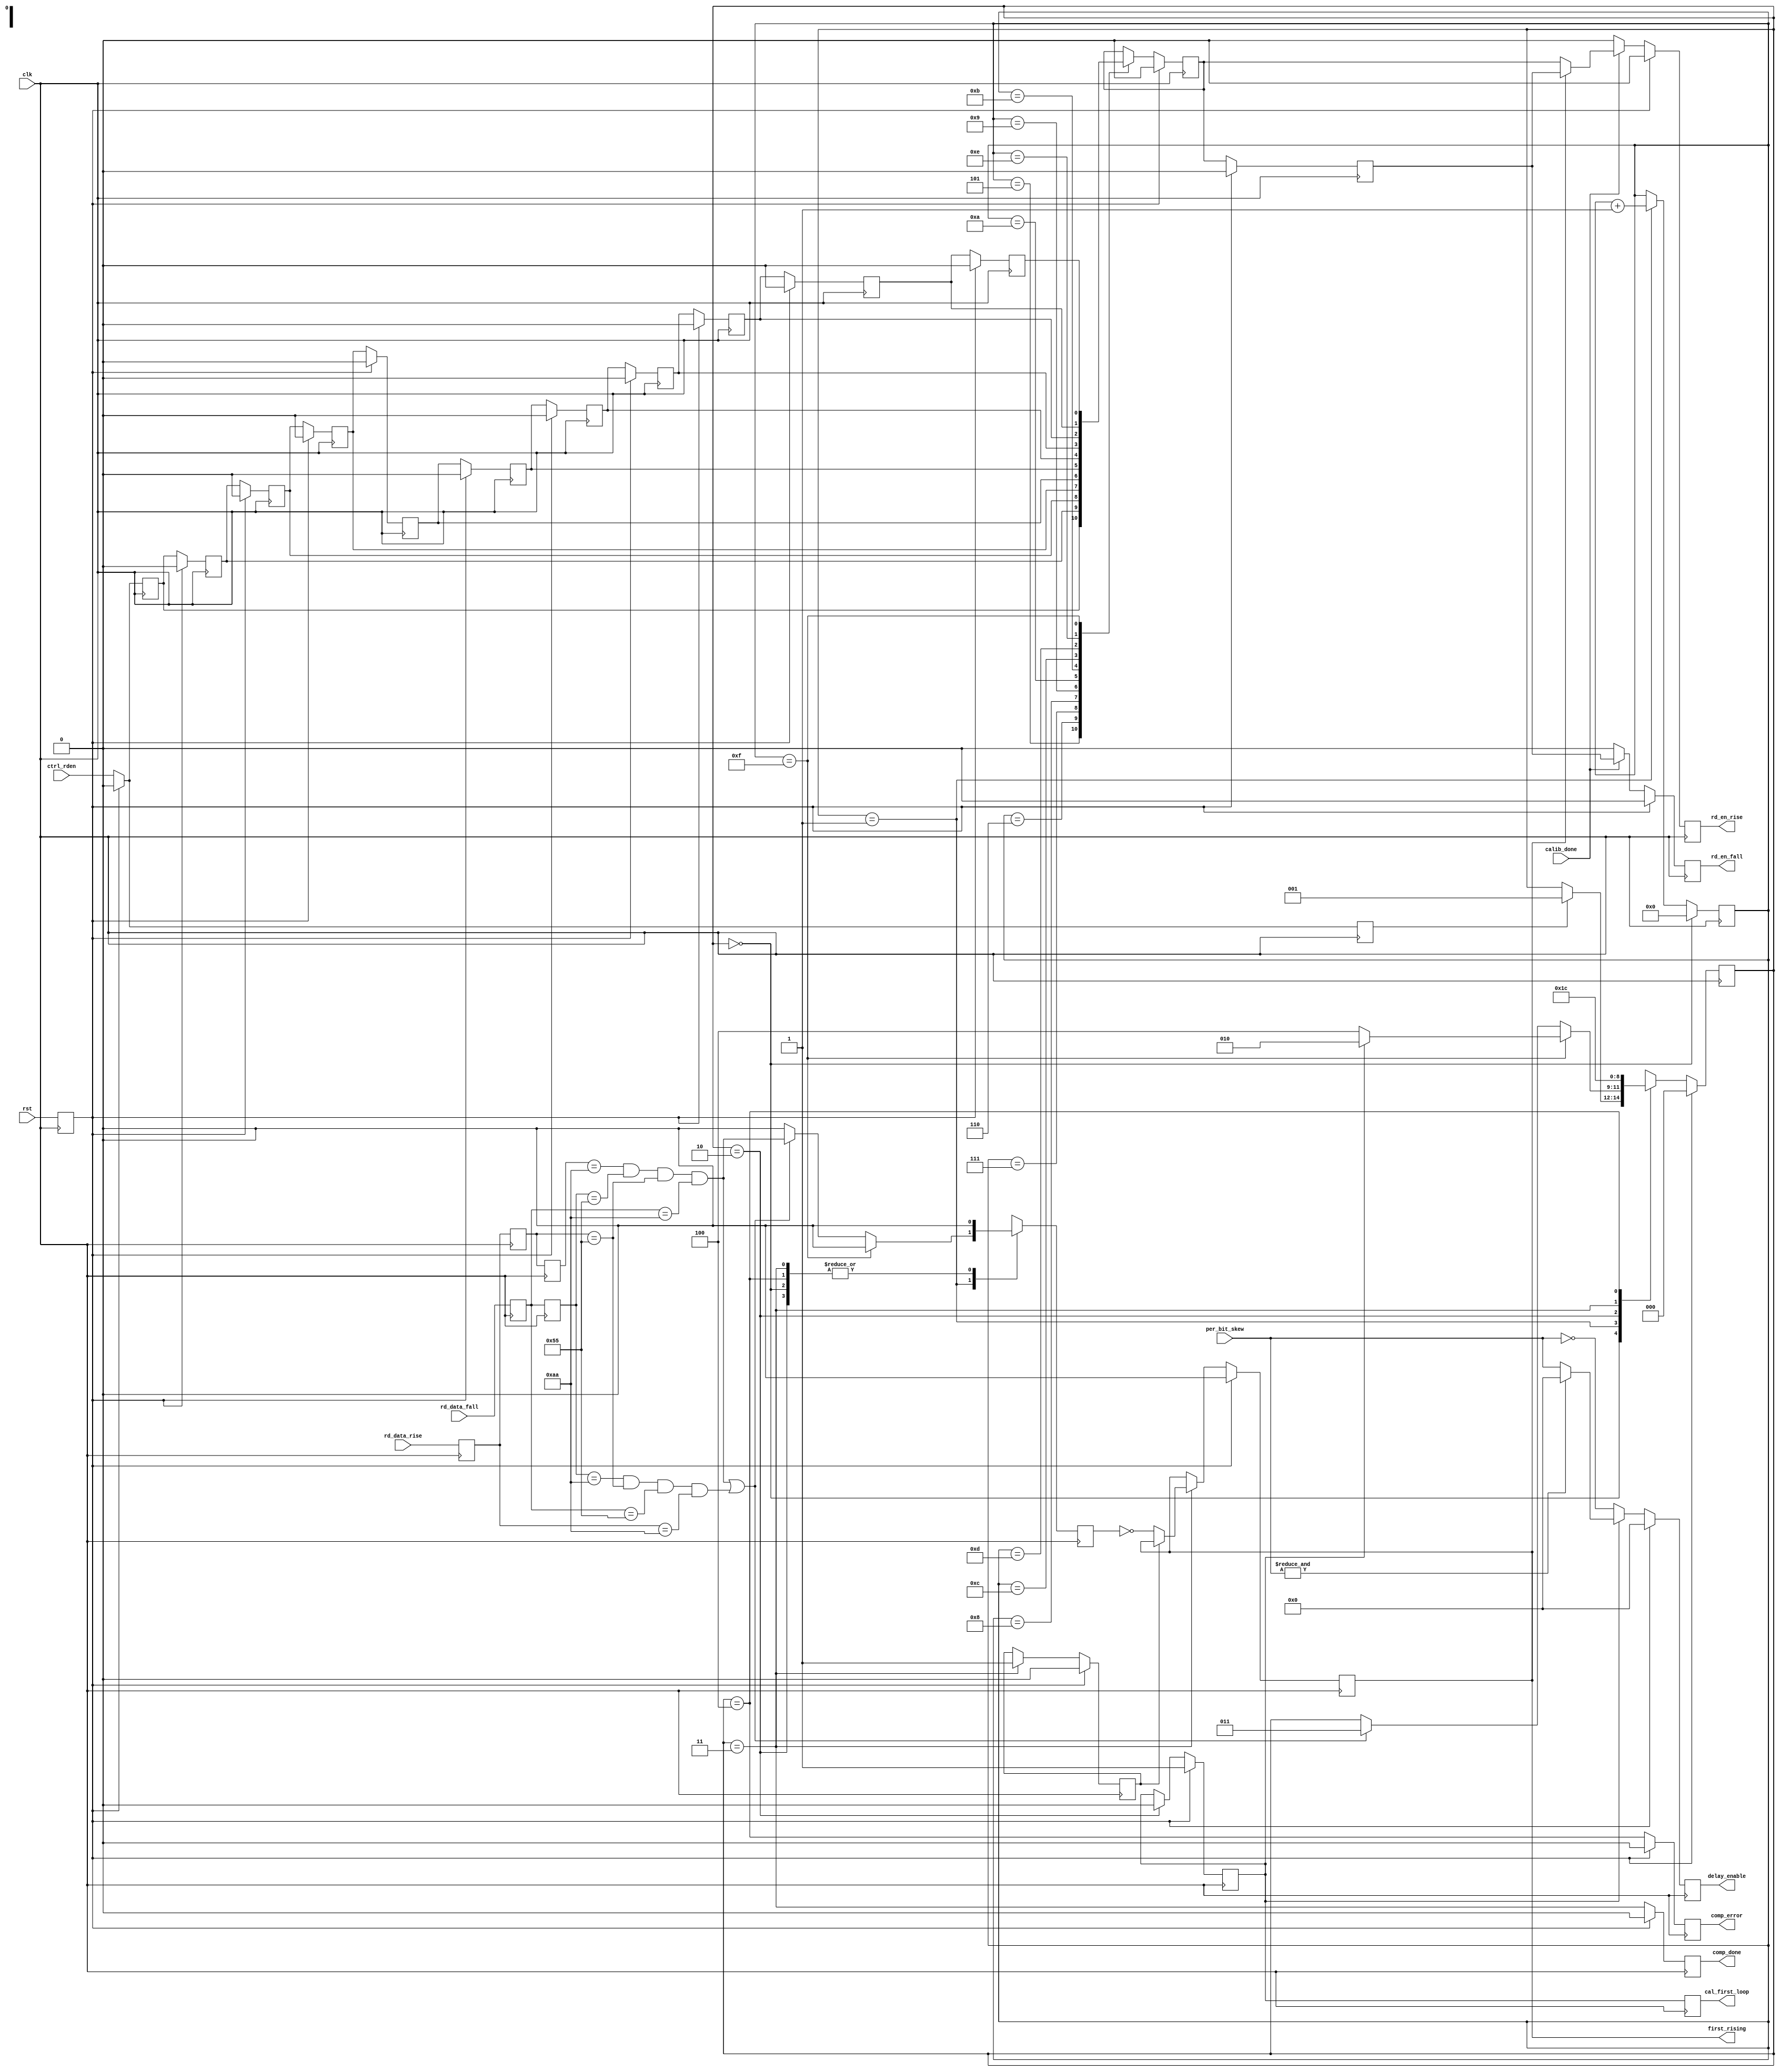
`timescale 1ns/1ps

module DDR2_pattern_compare8
  (
   input       clk,
   input       rst,
   input       ctrl_rden,
   input       calib_done,
   input [7:0] rd_data_rise,
   input [7:0] rd_data_fall,
   input [7:0] per_bit_skew,      // indicates possible capture skew over DQ's
   output      comp_done,
   output      comp_error,        // asserted if unable to find correct pattern
   output reg  first_rising,
   output reg  rd_en_rise,
   output reg  rd_en_fall,
   output reg  cal_first_loop,
   output reg [7:0] delay_enable  // control delay/swap MUX for each DQ
   );

  localparam   CAL_IDLE             = 3'b000;
  localparam   CAL_CHECK_DATA       = 3'b001;
  localparam   CAL_INV_DELAY_ENABLE = 3'b010;
  localparam   CAL_DONE             = 3'b011;
  localparam   CAL_ERROR            = 3'b100;

  reg          cal_first_loop_i;
  reg [2:0]    cal_next_state;
  reg [2:0]    cal_state;
  reg [3:0]    clk_count;
  reg          cntrl_rden_r;
  reg          comp_done_r;
  reg          comp_error_r;
  wire         data_match_first_clk_fall;
  wire         data_match_first_clk_rise;
  reg          found_first_clk_rise;
  reg          found_first_clk_rise_r;
  reg          lock_first_rising;
  reg [7:0]    rd_data_fall_r;
  reg [7:0]    rd_data_fall_r2;
  reg [7:0]    rd_data_rise_r;
  reg [7:0]    rd_data_rise_r2;
  reg [7:0]    rd_data_rise_r3;
  reg          rd_en_out;
  reg          rd_en_out_r;
  reg          rd_en_r1 /* synthesis syn_preserve=1 */;
  reg          rd_en_r2;
  reg          rd_en_r3;
  reg          rd_en_r4;
  reg          rd_en_r5;
  reg          rd_en_r6;
  reg          rd_en_r7;
  reg          rd_en_r8;
  reg          rd_en_r9;
  reg          rd_en_r10;
  reg          rd_en_r11;
  reg          rst_r1 /* synthesis syn_preserve=1 */;

  //*******************************************************************

  assign comp_done  = comp_done_r;
  assign comp_error = comp_error_r;

  // synthesis attribute equivalent_register_removal of rst_r1 is "no";
  always @( posedge clk )
    rst_r1 <= rst;

  // synthesis attribute equivalent_register_removal of rd_en_r1 is "no";
  always @ (posedge clk) begin
    if (rst_r1) begin
      rd_en_r1 <= 1'b0;
      rd_en_r2 <= 1'b0;
      rd_en_r3 <= 1'b0;
      rd_en_r4 <= 1'b0;
      rd_en_r5 <= 1'b0;
      rd_en_r6 <= 1'b0;
      rd_en_r7 <= 1'b0;
      rd_en_r8 <= 1'b0;
      rd_en_r9 <= 1'b0;
      rd_en_r10 <= 1'b0;
      rd_en_r11 <= 1'b0;
    end else begin
      rd_en_r1 <= ctrl_rden;
      rd_en_r2 <= rd_en_r1;
      rd_en_r3 <= rd_en_r2;
      rd_en_r4 <= rd_en_r3;
      rd_en_r5 <= rd_en_r4;
      rd_en_r6 <= rd_en_r5;
      rd_en_r7 <= rd_en_r6;
      rd_en_r8 <= rd_en_r7;
      rd_en_r9 <= rd_en_r8;
      rd_en_r10 <= rd_en_r9;
      rd_en_r11 <= rd_en_r10;
    end
  end

  //*******************************************************************
  // Indicates when received data is equal to the expected data pattern
  // There are two possible scenarios: (1) rise and fall data are arrive
  // at the same clock cycle (FIRST_RISING = 0), (2) rise and fall data
  // arrive "staggered" w/r to each other (FIRST_RISING = 1). Which
  // sequence occurs depends on the results of the per-bit calibration
  // (and whether first data from memory is captured using rising or
  // falling edge data). Expected data pattern = [rise/fall] = 0110 for
  // even bits, and 1001 for odd bits = "A55A"
  // For FIRST_CLK_RISE = 0 (non-staggered case):
  //   - IDDR.Q1 = fall data, IDDR.Q2 = rise data, and rise and fall
  //     read data FIFO enables are asserted at same time
  // For FIRST_CLK_FALL = 1 (staggered case):
  //   - IDDR.Q1 = rise data, IDDR.Q2 = fall data, and rise and fall
  //     read data FIFO enables must be offset by 1 clk (rise enable
  //     leads fall enable)
  //*******************************************************************

  always @(posedge clk) begin
    rd_data_rise_r  <= rd_data_rise;
    rd_data_fall_r  <= rd_data_fall;
    rd_data_rise_r2 <= rd_data_rise_r;
    rd_data_fall_r2 <= rd_data_fall_r;
    rd_data_rise_r3 <= rd_data_rise_r2;
  end

  assign data_match_first_clk_fall
    = (rd_data_fall_r2 == 8'hAA) &&
      (rd_data_rise_r2 == 8'h55) &&
      (rd_data_fall_r  == 8'h55) &&
      (rd_data_rise_r  == 8'hAA);

  assign data_match_first_clk_rise
    = (rd_data_rise_r3 == 8'hAA) &&
      (rd_data_fall_r2 == 8'h55) &&
      (rd_data_rise_r2 == 8'h55) &&
      (rd_data_fall_r  == 8'hAA);

  //*******************************************************************
  // State machine to determine:
  //  1. What round trip delay is for read data (i.e. from when
  //     CTRL_RDEN is asserted until when synchronized data is
  //     available at input to read data FIFO
  //  2. Whether data is arriving staggered or simulataneous (depends
  //     on whether first data from memory is latched in on rising or
  //     falling edge
  //  3. Whether there is bit-alignment from the per-bit calibration
  //     step - i.e. whether the same FPGA clock edge is being used to
  //     clock in bits from two different bit times on different DQ's
  //     in this DQS group
  //*******************************************************************

  always @(posedge clk) begin
    if (rst_r1)
      cal_state <= CAL_IDLE;
    else
      cal_state <= cal_next_state;
  end

  always @(*) begin
    // default values, this value only gets pulsed when we find a
    // FIRST_RISING data pattern
    found_first_clk_rise  = 1'b0;
    cal_next_state = cal_state;
    case (cal_state)  // synthesis full_case parallel_case
      CAL_IDLE:
        // Don't start pattern calibration until controller issues read
        if (cntrl_rden_r)
          cal_next_state = CAL_CHECK_DATA;

      CAL_CHECK_DATA:
        // Stay in this state until we've waited maximum number of clock
        // cycles for a valid pattern to appear on the bus
        if (clk_count == 4'b1111) begin
          if (cal_first_loop_i)
            cal_next_state = CAL_INV_DELAY_ENABLE;
          else
            // Otherwise, we haven't found the right pattern
            cal_next_state = CAL_ERROR;
        end else begin
          if (data_match_first_clk_rise || data_match_first_clk_fall) begin
            cal_next_state = CAL_DONE;
            // Indicate to logic which data pattern was found
            found_first_clk_rise = data_match_first_clk_rise;
          end
        end

      // Inverting the control pattern for the delay/swap circuit for the
      // DQ's in this DQS group - we would have to do this if we got the
      // directionality incorrect on the first go-around. Note that we have
      // to wait several clock cycles to: (1) reflect new CLK_COUNT value,
      // (2) allow rd_data_rise/fall pipe chain to clear
      CAL_INV_DELAY_ENABLE:
        cal_next_state = CAL_IDLE;

      // Found a first rising or first falling pattern. We're done here.
      CAL_DONE:
        cal_next_state = CAL_DONE;

      // Error - we incremented CLK_COUNT to the highest possible value
      // and still didn't find a valid pattern - could be an issue with
      // per-bit calibration, or a board-level (e.g. stuck at bit) issue
      CAL_ERROR:
        cal_next_state = CAL_ERROR;

    endcase
  end

  //*******************************************************************

  // Asserted when controller is issuing a read
  always @(posedge clk) begin
    if (rst_r1)
      cntrl_rden_r <= 1'b0;
    else
      cntrl_rden_r <= ctrl_rden;
  end

  // Asserted when pattern calibration complete
  always @(posedge clk) begin
    if (rst_r1)
      comp_done_r <= 1'b0;
    else
      comp_done_r <= (cal_state == CAL_DONE);
  end

  // Asserted when pattern calibration hangs due to error
  always @(posedge clk) begin
    if (rst_r1)
      comp_error_r <= 1'b0;
    else
      comp_error_r <= (cal_state == CAL_ERROR);
  end

  always @(posedge clk)
    found_first_clk_rise_r <= found_first_clk_rise;

  always @(posedge clk)
    if (rst_r1) begin
      first_rising     <= 1'b0;
      lock_first_rising <= 1'b0;
    end else if (cal_state == CAL_DONE) begin
      // If we enter CAL_DONE and found_first_clk_rise_r is pulsed (meaning
      // we found a FIRST_RISING=1 pattern), then set FIRST_RISING=0
      // This will be used statically to control MUXes to determine which
      // output (Q1 or Q2) of the IDDR is "rising" and which is "falling" data
      // NOTE: Once first rising is set, it stays set
      // NOTE: FIRST_RISING as it is used in the rest of the design does not
      // mean the same thing as FOUND_FIRST_CLK_RISE in this design!! It
      // is actually named for something else (=1 means rising data forms
      // the LSB of the full data word). Hence the inversion here.
      if (!lock_first_rising) begin
        lock_first_rising <= 1'b1;
        first_rising <= ~found_first_clk_rise_r;
      end
    end

  //*******************************************************************

  // Count # of clock cycles from when read is issued, until when
  // correct data is detected
  always @(posedge clk)
    if (cal_state == CAL_IDLE)
      clk_count <= 4'b0000;
    else if (cal_state == CAL_CHECK_DATA)
      clk_count <= clk_count + 1;

  // NOTE: Probably don't need all these cases! Need to check on this!
  always @(posedge clk) begin
    if (rst_r1)
      rd_en_out <= 1'b0;
    else begin
      case (clk_count) // synthesis full_case parallel_case
        4'b0101  : rd_en_out <= rd_en_r1;
        4'b0110  : rd_en_out <= rd_en_r2;
        4'b0111  : rd_en_out <= rd_en_r3;
        4'b1000  : rd_en_out <= rd_en_r4;
        4'b1001  : rd_en_out <= rd_en_r5;
        4'b1010  : rd_en_out <= rd_en_r6;
        4'b1011  : rd_en_out <= rd_en_r7;
        4'b1100  : rd_en_out <= rd_en_r8;
        4'b1101  : rd_en_out <= rd_en_r9;
        4'b1110  : rd_en_out <= rd_en_r10;
        4'b1111  : rd_en_out <= rd_en_r11;
      endcase
    end
  end

  always @(posedge clk)
    if (rst_r1)
      rd_en_out_r <= 1'b0;
    else
      rd_en_out_r <= rd_en_out;

  // Generate read enables for Rising and Falling read data FIFOs
  // The timing of these will be dependent on whether a first rising or
  // first falling pattern was detected.
  always @(posedge clk)
    if (rst_r1) begin
      rd_en_rise <= 1'b0;
      rd_en_fall <= 1'b0;
    end else begin
      if (!calib_done) begin
        rd_en_rise <= 1'b0;
        rd_en_fall <= 1'b0;
      end else if (!first_rising) begin
        rd_en_rise <= rd_en_out;
        rd_en_fall <= rd_en_out_r;
      end else begin
        rd_en_rise <= rd_en_out_r;
        rd_en_fall <= rd_en_out_r;
      end
    end

  //*******************************************************************

  // Keep track of which iteration of calibration loop we're in
  always @(posedge clk)
    if (rst_r1)
      cal_first_loop_i <= 1'b1;
    else if (cal_state == CAL_INV_DELAY_ENABLE)
      cal_first_loop_i <= 1'b0;

  always @(posedge clk)
    cal_first_loop <= cal_first_loop_i;

  // MUX control for delay/swap circuit for each DQ (used to compensate
  // for possible bit-misalignment from per-bit calibration)
  always @(posedge clk)
    if (rst_r1)
      delay_enable <= 8'b00000000;
    else
      if (cal_first_loop_i)
        // Special case if per_bit_skew = 0xFF. Set delay_enable = 0x00
        // to bypass the delay/swap circuit (we should be able to find
        // a match with either delay_enable = 0xFF or 0x00, but finding
        // a match w/ = 0x00 saves one cycle of latency)
        if (&per_bit_skew)
          delay_enable <= 8'b00000000;
        else
          delay_enable <= per_bit_skew;
      else
        delay_enable <= ~per_bit_skew;

endmodule